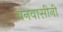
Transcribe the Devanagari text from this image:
वनवासीनी